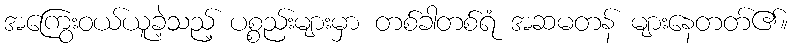
အကြွေးဝယ်ယူခဲ့သည့် ပစ္စည်းများမှာ တစ်ခါတစ်ရံ အဆမတန် များနေတတ်၏။